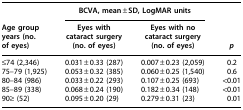
<table><thead><tr><td><b> </b></td><td colspan="2"><b>BCVA, mean ± SD, LogMAR units</b></td><td><b> </b></td></tr><tr><td><b>Age group years (no. of eyes)</b></td><td><b>Eyes with cataract surgery (no. of eyes)</b></td><td><b>Eyes with no cataract surgery (no. of eyes)</b></td><td><b><i>p</i></b></td></tr></thead><tbody><tr><td>≤74 (2,346)</td><td>0.031 ± 0.33 (287)</td><td>0.007 ± 0.23 (2,059)</td><td>0.2</td></tr><tr><td>75–79 (1,925)</td><td>0.053 ± 0.32 (385)</td><td>0.060 ± 0.25 (1,540)</td><td>0.6</td></tr><tr><td>80–84 (986)</td><td>0.033 ± 0.22 (293)</td><td>0.107 ± 0.25 (693)</td><td>&lt;0.01</td></tr><tr><td>85–89 (338)</td><td>0.068 ± 0.24 (190)</td><td>0.182 ± 0.34 (148)</td><td>&lt;0.01</td></tr><tr><td>90≥ (52)</td><td>0.095 ± 0.20 (29)</td><td>0.279 ± 0.31 (23)</td><td>0.01</td></tr></tbody></table>